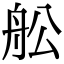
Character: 舩